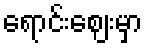
ရောင်းဈေးမှာ